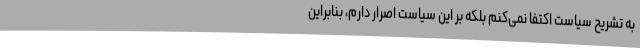
به تشریح سیاست اکتفا نمی‌کنم بلکه بر این سیاست اصرار دارم، بنابراین